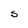
Character: S